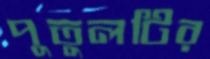
পুতুলটির